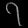
Digit: ၇